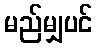
မည်မျှပင်